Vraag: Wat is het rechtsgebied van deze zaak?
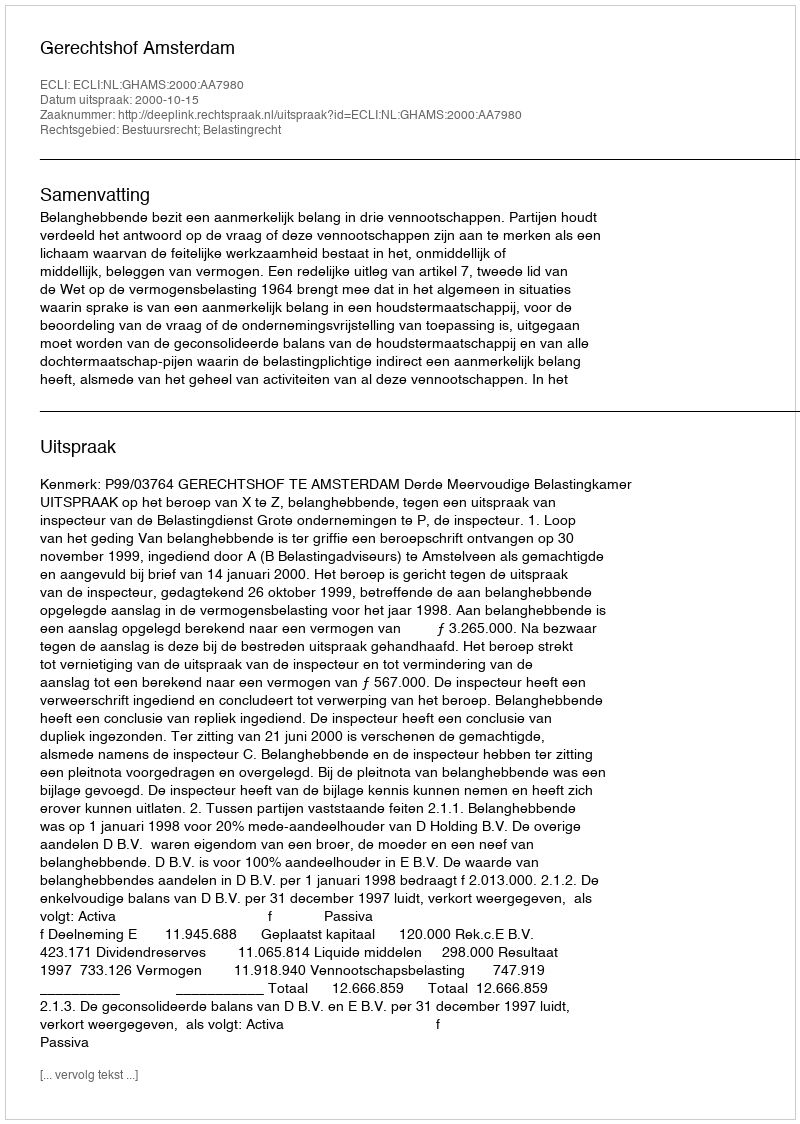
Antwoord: Bestuursrecht; Belastingrecht